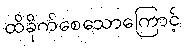
ထိခိုက်စေသောကြောင့်